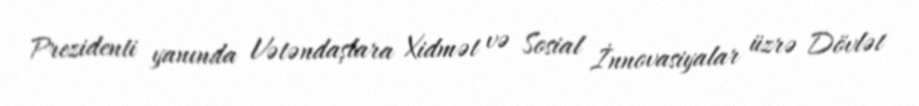
Prezidenti yanında Vətəndaşlara Xidmət və Sosial İnnovasiyalar üzrə Dövlət